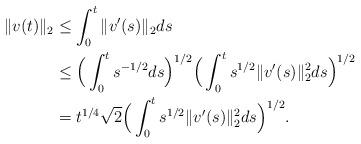
LaTeX: \begin{align*}\|v(t)\|_2 &\le \int_0^t \|v'(s)\|_2 ds \\&\le \Big(\int_0^t s^{-1/2} ds \Big)^{1/2} \Big( \int_0^t s^{1/2} \|v'(s)\|_2^2 ds \Big)^{1/2} \\&= t^{1/4} \sqrt{2}\Big( \int_0^t s^{1/2} \|v'(s)\|_2^2 ds \Big)^{1/2}.\end{align*}